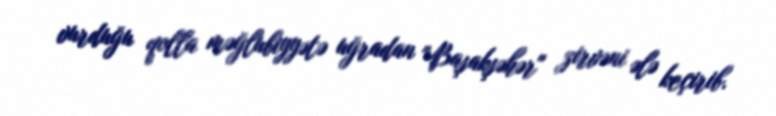
vurduğu qolla məğlubiyyətə uğradan "Başakşəhər" zirvəni ələ keçirib.